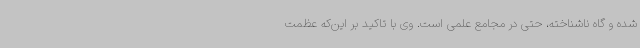
شده و گاه ناشناخته، حتی در مجامع علمی است. وی با تاکید بر این‌که عظمت